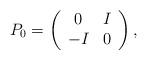
LaTeX: \begin{align*} P_0=\left(\begin{array}{cc}0 & I \\-I & 0\end{array}\right),\end{align*}